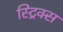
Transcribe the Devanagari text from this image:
स्ट्रिक्स